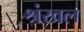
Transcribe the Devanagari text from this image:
श्रंखल